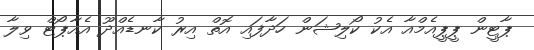
ޕާޓީން ޕީޕީއެމްއާ އެކު ކޯލިޝަން ހަދާފައި އޮތް އިރު ކާނޑެއްދޫ އެއާޕޯޓް ވިލާ